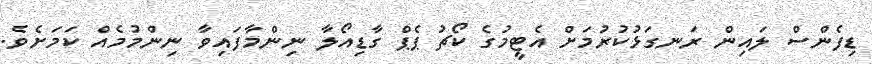
ޑިފެންސް ލައިން ރަނގަޅުކުރުމަށް އެޓީމުގެ ކޯޗު ޕެޕް ގާޑިއޯލާ ނިންމާފައިވާ ނިންމުމެއް ކަމަށެވެ.